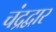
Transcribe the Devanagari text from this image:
चंद्रद्वार